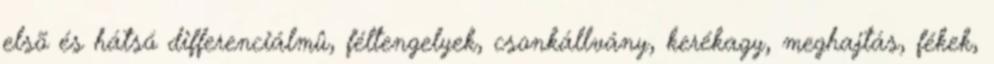
elsõ és hátsó differenciálmû, féltengelyek, csonkállvány, kerékagy, meghajtás, fékek,